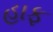
હાફ